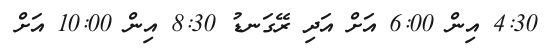
4:30 އިން 6:00 އަށް އަދި ރޭގަނޑު 8:30 އިން 10:00 އަށް